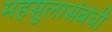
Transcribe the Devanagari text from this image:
महसुलासंबंधी